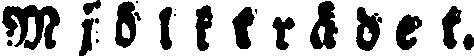
Mjölktrådet.